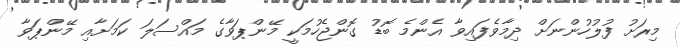
މިރަށު ފުލުހުންނަށް ދިމާވެފައިވާ އެންމެ ބޮޑު ގޮންޖެހުމަކީ މޭންޕަވާގެ މައްސަލަ ކަމަށާއި މޭންޕަވާ